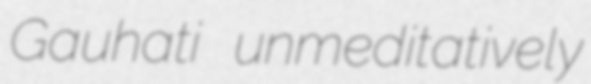
Gauhati unmeditatively